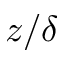
z / \delta